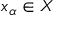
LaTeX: x _ { \alpha } \in X